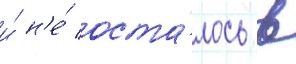
и́ н'е́ оста́лось в